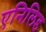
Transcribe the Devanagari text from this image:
एनिलिड